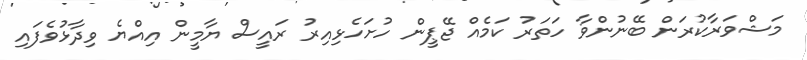
މަޝްވަރާކުރަން ބޭނުންވާ ހަތަރު ކަމެއް ޖޭޕީން ހުށަހެޅިއިރު ރައީސް ޔާމީން އިއްޔެ ވިދާޅުވެފައި